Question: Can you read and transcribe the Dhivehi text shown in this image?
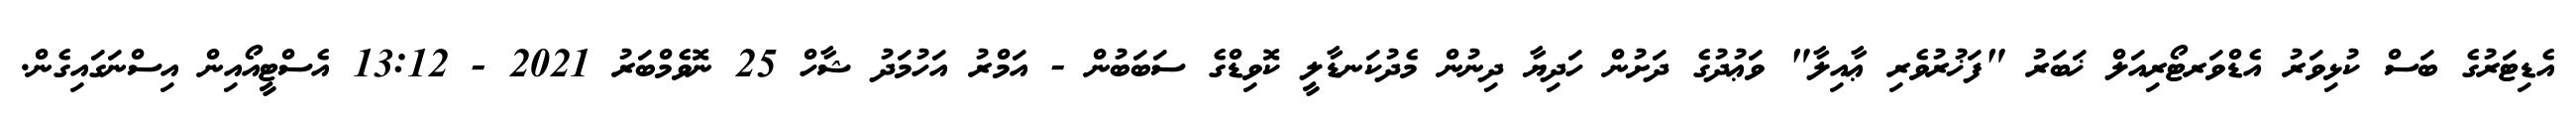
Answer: އެޑިޓަރުގެ ބަސް ކުޅިވަރު އެޑްވަރޓޯރިއަލް ޚަބަރު "ފަޚުރުވެރި ޢާއިލާ" ވަޢުދުގެ ދަށުން ހަދިޔާ ދިނުން މެދުކަނޑާލީ ކޮވިޑްގެ ސަބަބުން - އަމްރު އަހުމަދު ޝާހް 25 ނޮވެމްބަރު 2021 - 13:12 އެސްޓީއޯއިން އިސްނަގައިގެން.